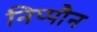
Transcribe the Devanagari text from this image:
निप्पौन